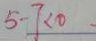
5 - 7 < 0